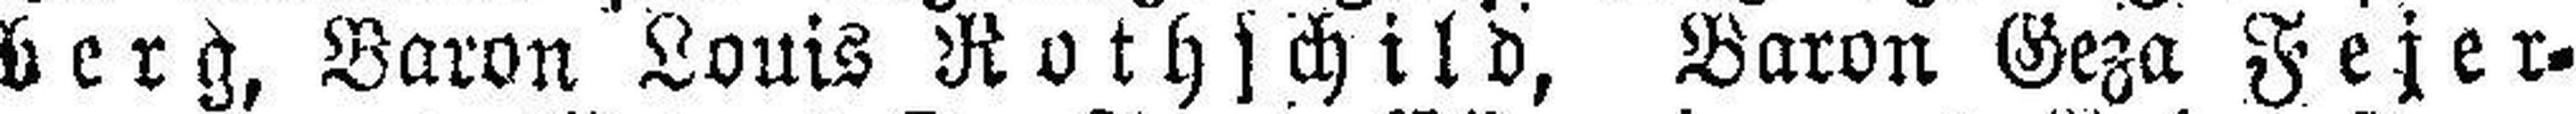
berg, Baron Louis Rothschild, Baron Geza Fejer¬